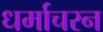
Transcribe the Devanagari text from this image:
धर्माचरन